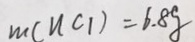
m ( n c _ { 1 } ) = 6 . 8 g